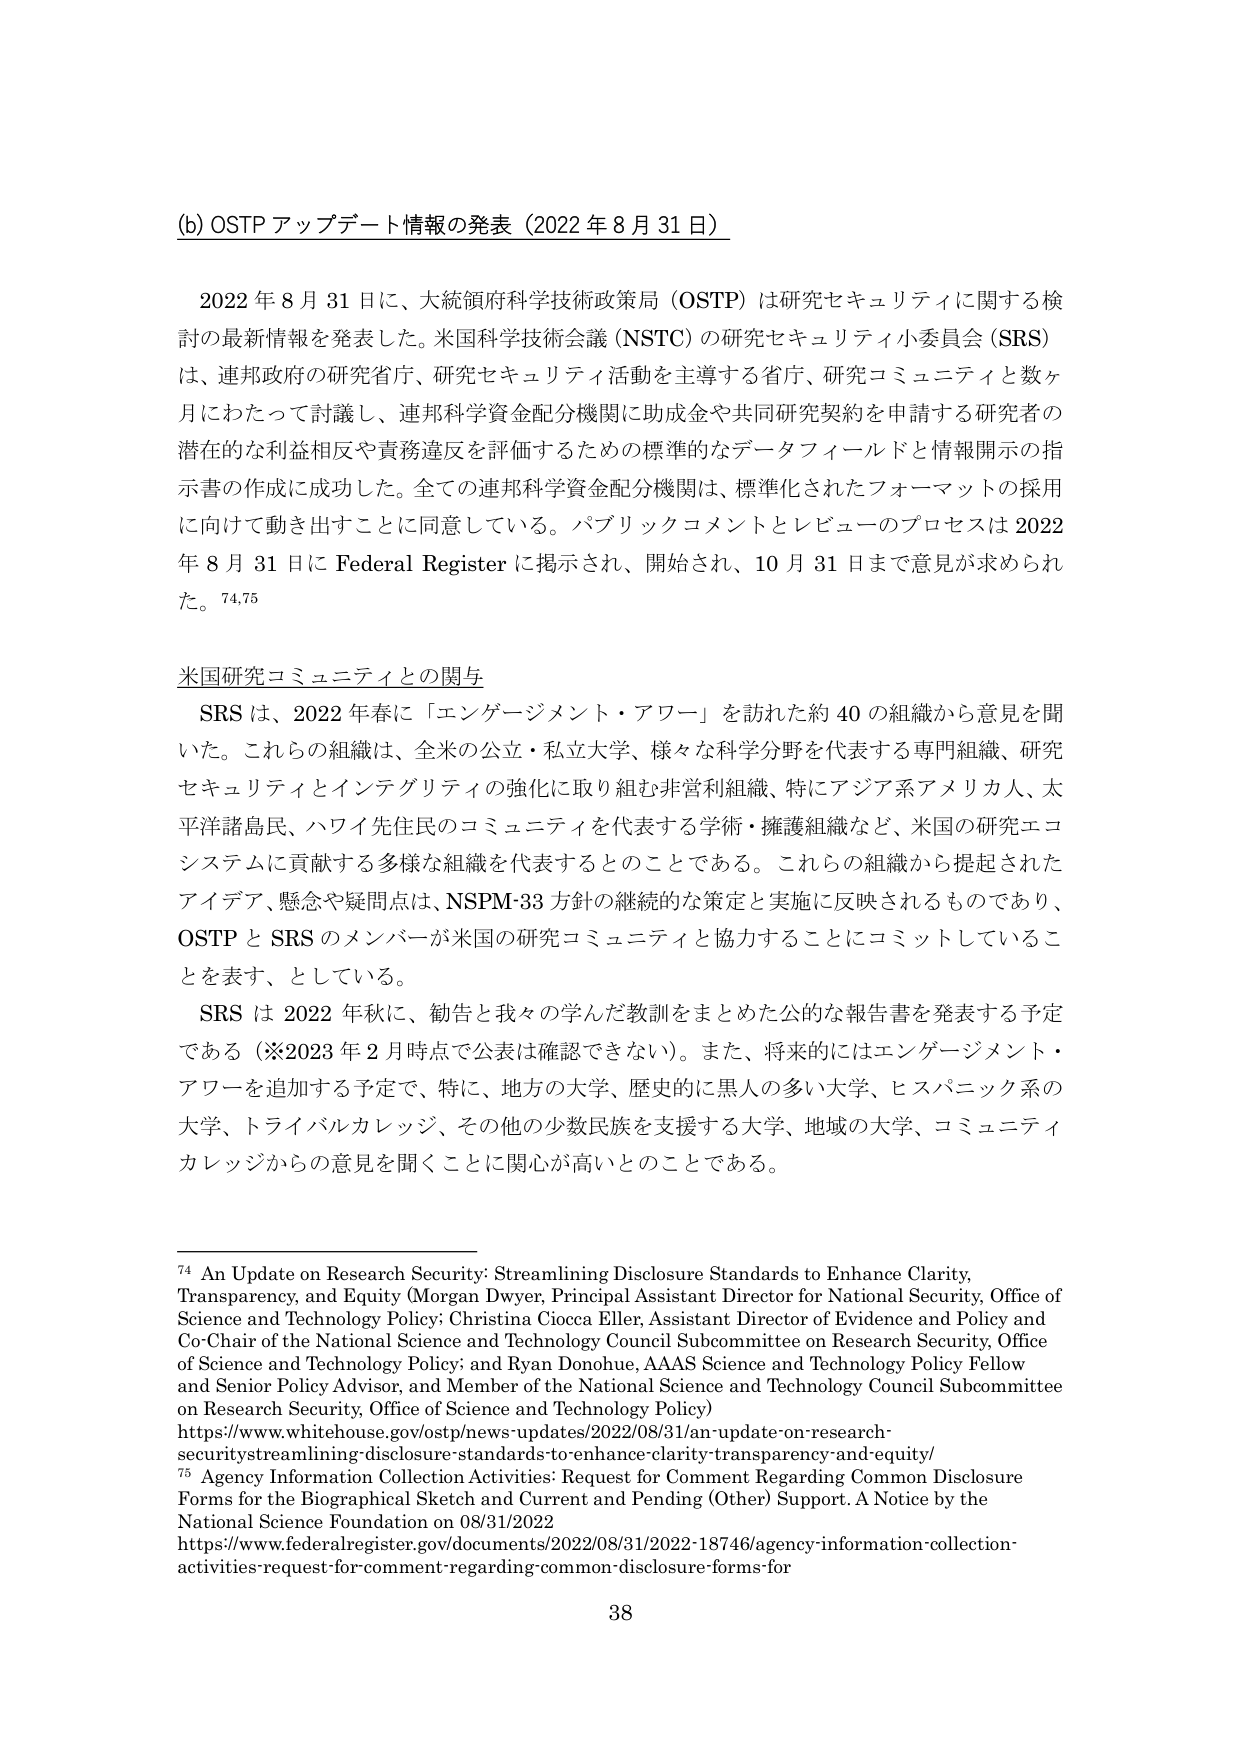
(b) OSTP アップデート情報の発表（2022 年 8 月 31 日）

2022 年 8 月 31 日に、大統領府科学技術政策局（OSTP）は研究セキュリティに関する検討の最新情報を発表した。米国科学技術会議（NSTC）の研究セキュリティ小委員会（SRS）は、連邦政府の研究省庁、研究セキュリティ活動を主導する省庁、研究コミュニティと数ヶ月にわたって討議し、連邦科学資金配分機関に助成金や共同研究契約を申請する研究者の潜在的な利益相反や責務違反を評価するための標準的なデータフィールドと情報開示の指示書の作成に成功した。全ての連邦科学資金配分機関は、標準化されたフォーマットの採用に向けて動き出すことに同意している。パブリックコメントとレビューのプロセスは 2022 年 8 月 31 日に Federal Register に掲示され、開始され、10 月 31 日まで意見が求められた。74,75

米国研究コミュニティとの関与

SRS は、2022 年春に「エンゲージメント・アワー」を訪れた約 40 の組織から意見を聞いた。これらの組織は、全米の公立・私立大学、様々な科学分野を代表する専門組織、研究セキュリティとインテグリティの強化に取り組む非営利組織、特にアジア系アメリカ人、太平洋諸島民、ハワイ先住民のコミュニティを代表する学術・擁護組織など、米国の研究エコシステムに貢献する多様な組織を代表するとのことである。これらの組織から提起されたアイデア、懸念や疑問点は、NSPM-33 方針の継続的な策定と実施に反映されるものであり、OSTP と SRS のメンバーが米国の研究コミュニティと協力することにコミットしていることを表す、としている。

SRS は 2022 年秋に、勧告と我々の学んだ教訓をまとめた公的な報告書を発表する予定である（※2023 年 2 月時点で公表は確認できない）。また、将来的にはエンゲージメント・アワーを追加する予定で、特に、地方の大学、歴史的に黒人の多い大学、ヒスパニック系の大学、トライバルカレッジ、その他の少数民族を支援する大学、地域の大学、コミュニティカレッジからの意見を聞くことに関心が高いとのことである。

74 An Update on Research Security: Streamlining Disclosure Standards to Enhance Clarity, Transparency, and Equity (Morgan Dwyer, Principal Assistant Director for National Security, Office of Science and Technology Policy; Christina Ciocca Eller, Assistant Director of Evidence and Policy and Co-Chair of the National Science and Technology Council Subcommittee on Research Security, Office of Science and Technology Policy; and Ryan Donohue, AAAS Science and Technology Policy Fellow and Senior Policy Advisor, and Member of the National Science and Technology Council Subcommittee on Research Security, Office of Science and Technology Policy) https://www.whitehouse.gov/ostp/news-updates/2022/08/31/an-update-on-research-security-streamlining-disclosure-standards-to-enhance-clarity-transparency-and-equity/

75 Agency Information Collection Activities: Request for Comment Regarding Common Disclosure Forms for the Biographical Sketch and Current and Pending (Other) Support. A Notice by the National Science Foundation on 08/31/2022 https://www.federalregister.gov/documents/2022/08/31/2022-18746/agency-information-collection-activities-request-for-comment-regarding-common-disclosure-forms-for

38